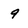
Character: 9